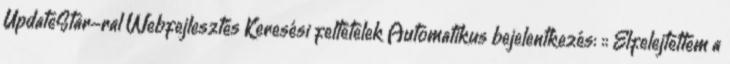
UpdateStar-ral Webfejlesztés Keresési feltételek Automatikus bejelentkezés: :: Elfelejtettem a